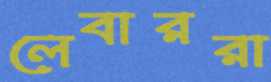
লেবাররা